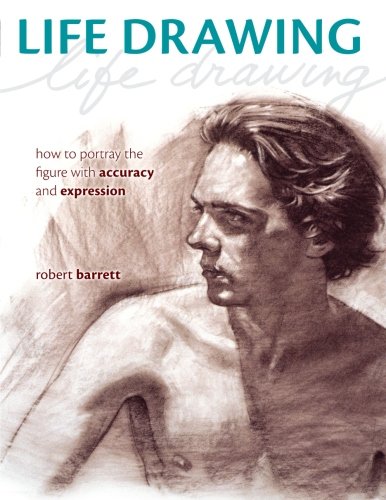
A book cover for Life Drawing: How To Portray the Figure with Accuracy and Expression; Robert Barrett; Arts & Photography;